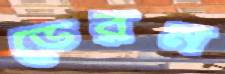
ডেরন